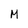
Character: M